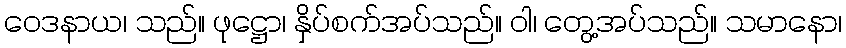
ဝေဒနာယ၊ သည်။ ဖုဋ္ဌော၊ နှိပ်စက်အပ်သည်။ ဝါ၊ တွေ့အပ်သည်။ သမာနော၊